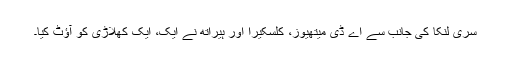
سری لنکا کی جانب سے اے ڈی میتھیوز، کلسکیرا اور ہیراتھ نے ایک، ایک کھلاڑی کو آؤٹ کیا۔